Bombay plague: being a history of the progress of plague in the Bombay presidency from September 1896 to June 1899
Year: 1896
Disease focus: Plague
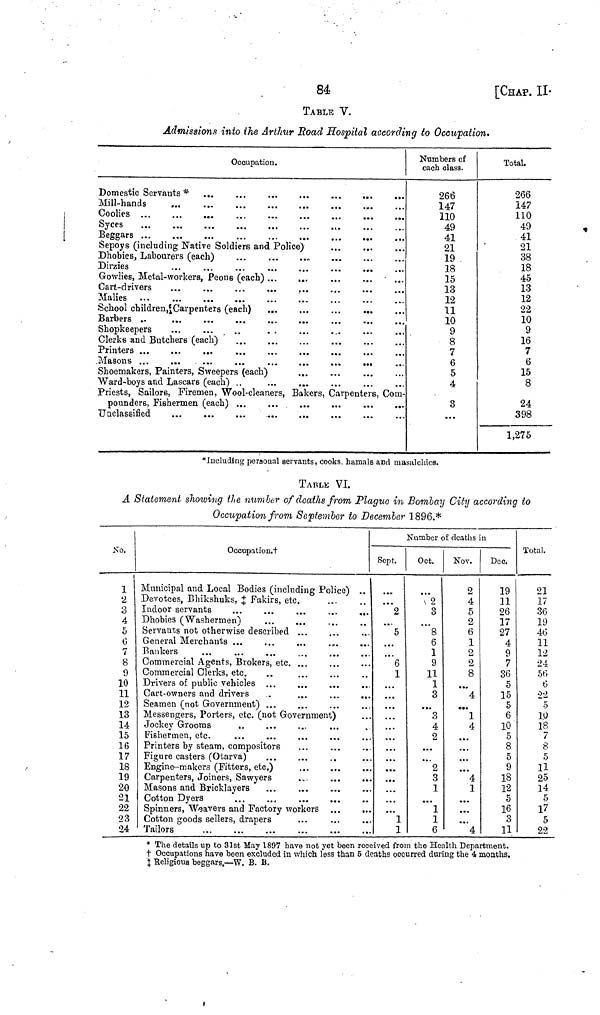
84
[CHAP. II·
TABLE V.
Admissions into the Arthur Road Hospital according to Occupation.
Occupation.
Domestic Servants *
Mill-hands
Coolies ...
...
...
Syces
Beggars
Sepoys (including Native Soldiers and Police)
Dhobies, Labourers (each)
Dirzies
Gowlies, Metal-workers, Peons (each) ...
Cart-drivers
Malíes
School children, Carpenters (each)
Barbers ..
Shopkeepers
Clerks and Butchers (each)
Printers
Masons ...
...
Shoemakers, Painters, Sweepers (each)
Ward-boys and Lascars (each) ..
...
...
...
...
...
...
...
Priests, Sailors, Firemen, Wool-cleaners, Bakers, Carpenters, Com-
Numbers of
each class.
266
147
110
49
41
21
19
18
15
13
12
11
10
9
8
7
6
5
4
3
...
Total.
266
147
110
49
41
21
38
18
45
13
12
22
10
9
16
7
6
15
8
24
398
1,275
*Iucluding personal servants, cooks, hamals and masalchics.
TABLE VI.
A Statement showing the number of deaths from Plague in Bombay City according to
Occupation from September to December 1896.*
No.
I
1
2
3
4
5
0
7
8
9
10
11
12
13
14
15
16
17
18
19
20
21
22
23
24
Occupation.t
Municipal and Local Bodies (including Police)
Devotees, Bhikshuks, ‡ Fakirs, e
Indoor servants
Dhobies (Washermen)
Servants not otherwise describee
General Merchants ...
Rankers
Commercial Agents, Brokers, etc
Commercial Clerks, etc.
Drivers of public vehicles ...
Cart-owners and drivers
Seamen (not Government) ...
L ...
...
...
Messengers, Porters, etc. (not Government)
Jockey Grooms
..
Fishermen, etc.
Printers by steam, compositors
Figure casters (Otarva)
Engine-makers (Fitters, etc.)
Carpenters, Joiners, Sawyers
Masons and Bricklayers
Cotton Dyers
...
...
Spinners, Weavers and Factory workers
Cotton goods sellers, drapers
Tailors
...
..
...
...
...
...
...
..
...
..
..
..
..
..
Number of deaths in
Sept.
...
2
5
6
1
...
...
...
« ·.
...
1
1
Oct.
2
3
8
6
1
9
11
1
3
.,.
3
4
2
...
...
2
3
1
...
1
1
6
Nov.
2
4
5
2
6
1
2
2
8
...
4
...
1
4
...
...
...
...
4
1
...
...
...
4
Dec.
19
11
26
17
27
4
9
7
36
5
15
5
6
10
5
8
5
9
18
12
5
16
3
11
Total,
21
17
36
19
46
11
12
¿4
56
6
22
0
1,0
18
7
S
5
11
25
14
5
l7
5
22
* The details up to 31st May 1897 have not yet been received from the Health Department.
† Occupations have been excluded in which less than 6 deaths occurred during the 4 mouths.
‡ Religious beggars.—W. B. B.